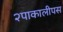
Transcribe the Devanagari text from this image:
२पाकालीपस